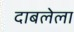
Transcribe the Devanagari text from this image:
दाबलेला